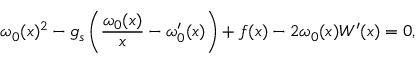
\omega _ { 0 } ( x ) ^ { 2 } - g _ { s } \left( \frac { \omega _ { 0 } ( x ) } { x } - \omega _ { 0 } ^ { \prime } ( x ) \right) + f ( x ) - 2 \omega _ { 0 } ( x ) W ^ { \prime } ( x ) = 0 ,